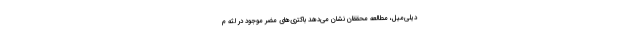
دیلی‌میل، مطالعه محققان نشان می‌دهد باکتری‌های مضر موجود در لثه م